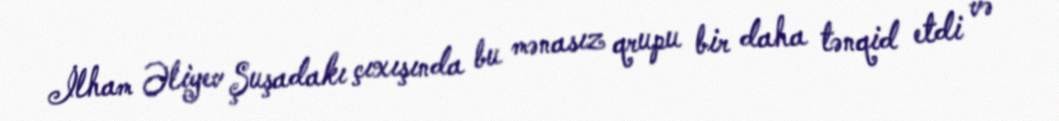
İlham Əliyev Şuşadakı çıxışında bu mənasız qrupu bir daha tənqid etdi və